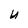
Character: U